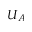
U _ { A }